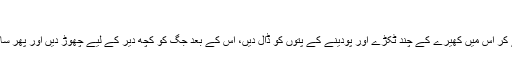
کھیرے اور پودینے کا مشروب
پانی سے بھرے ایک جگ کو لے کر اس میں کھیرے کے چند ٹکڑے اور پودینے کے پتوں کو ڈال دیں، اس کے بعد جگ کو کچھ دیر کے لیے چھوڑ دیں اور پھر سارا دن اس مشروب کو پیتے رہیں۔